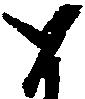
と